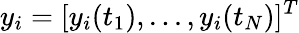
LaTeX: y_{i}=[y_{i}(t_{1}),...,y_{i}(t_{N})]^{T}